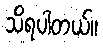
သိရပါတယ်။